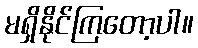
မရှိနိုင်ကြတော့ပါ။